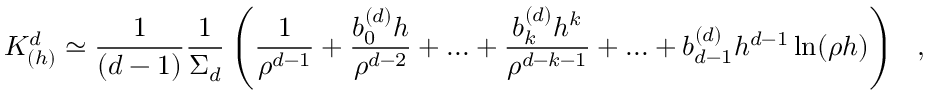
K _ { ( h ) } ^ { d } \simeq { \frac { 1 } { ( d - 1 ) } } { \frac { 1 } { \Sigma _ { d } } } \left( { \frac { 1 } { \rho ^ { d - 1 } } } + { \frac { b _ { 0 } ^ { ( d ) } h } { \rho ^ { d - 2 } } } + . . . + { \frac { b _ { k } ^ { ( d ) } h ^ { k } } { \rho ^ { d - k - 1 } } } + . . . + b _ { d - 1 } ^ { ( d ) } h ^ { d - 1 } \ln ( \rho h ) \right) ~ ~ ,